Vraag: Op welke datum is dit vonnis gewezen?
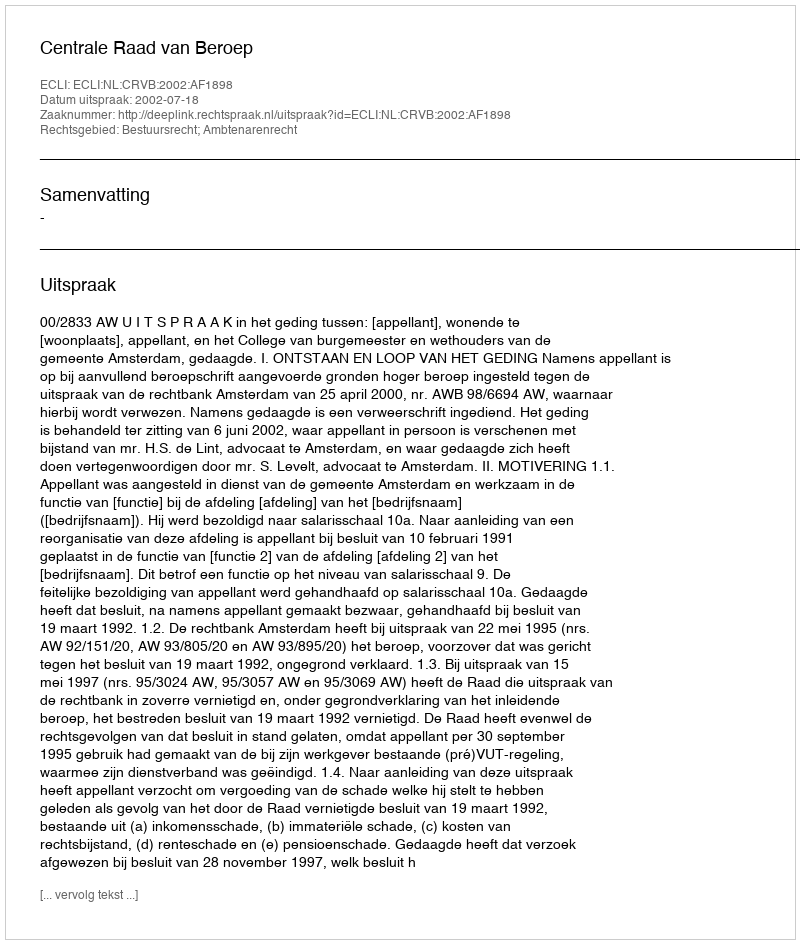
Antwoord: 2002-07-18